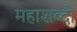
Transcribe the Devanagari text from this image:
महाशब्दों